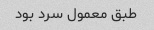
طبق معمول سرد بود